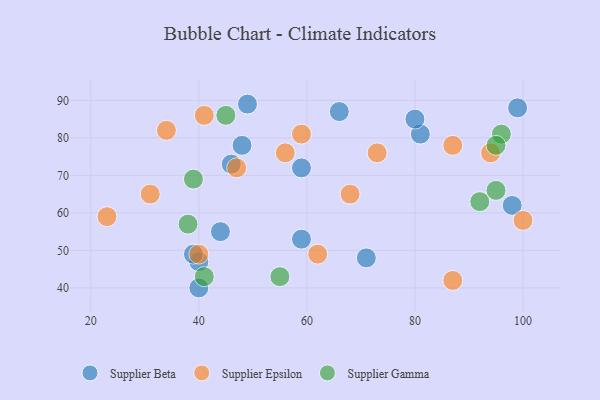
{"axis": {"x": "GDP", "y": "Life Expectancy"}, "legend": ["Supplier Beta", "Supplier Epsilon", "Supplier Gamma"], "data": [{"x": "44", "y": 55, "type": "Supplier Beta"}, {"x": "98", "y": 62, "type": "Supplier Beta"}, {"x": "81", "y": 81, "type": "Supplier Beta"}, {"x": "71", "y": 48, "type": "Supplier Beta"}, {"x": "46", "y": 73, "type": "Supplier Beta"}, {"x": "40", "y": 40, "type": "Supplier Beta"}, {"x": "80", "y": 85, "type": "Supplier Beta"}, {"x": "99", "y": 88, "type": "Supplier Beta"}, {"x": "59", "y": 53, "type": "Supplier Beta"}, {"x": "49", "y": 89, "type": "Supplier Beta"}, {"x": "40", "y": 47, "type": "Supplier Beta"}, {"x": "59", "y": 72, "type": "Supplier Beta"}, {"x": "66", "y": 87, "type": "Supplier Beta"}, {"x": "48", "y": 78, "type": "Supplier Beta"}, {"x": "39", "y": 49, "type": "Supplier Beta"}, {"x": "34", "y": 82, "type": "Supplier Epsilon"}, {"x": "87", "y": 42, "type": "Supplier Epsilon"}, {"x": "56", "y": 76, "type": "Supplier Epsilon"}, {"x": "40", "y": 49, "type": "Supplier Epsilon"}, {"x": "41", "y": 86, "type": "Supplier Epsilon"}, {"x": "87", "y": 78, "type": "Supplier Epsilon"}, {"x": "94", "y": 76, "type": "Supplier Epsilon"}, {"x": "73", "y": 76, "type": "Supplier Epsilon"}, {"x": "31", "y": 65, "type": "Supplier Epsilon"}, {"x": "62", "y": 49, "type": "Supplier Epsilon"}, {"x": "59", "y": 81, "type": "Supplier Epsilon"}, {"x": "68", "y": 65, "type": "Supplier Epsilon"}, {"x": "23", "y": 59, "type": "Supplier Epsilon"}, {"x": "47", "y": 72, "type": "Supplier Epsilon"}, {"x": "100", "y": 58, "type": "Supplier Epsilon"}, {"x": "45", "y": 86, "type": "Supplier Gamma"}, {"x": "41", "y": 43, "type": "Supplier Gamma"}, {"x": "38", "y": 57, "type": "Supplier Gamma"}, {"x": "92", "y": 63, "type": "Supplier Gamma"}, {"x": "96", "y": 81, "type": "Supplier Gamma"}, {"x": "39", "y": 69, "type": "Supplier Gamma"}, {"x": "55", "y": 43, "type": "Supplier Gamma"}, {"x": "95", "y": 78, "type": "Supplier Gamma"}, {"x": "95", "y": 66, "type": "Supplier Gamma"}]}